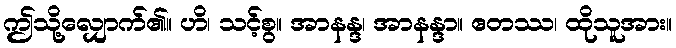
ဤသို့လျှောက်၏။ ဟိ၊ သင့်စွ။ အာနန္ဒ၊ အာနန္ဒာ။ ဧတဿ၊ ထိုသူအား။